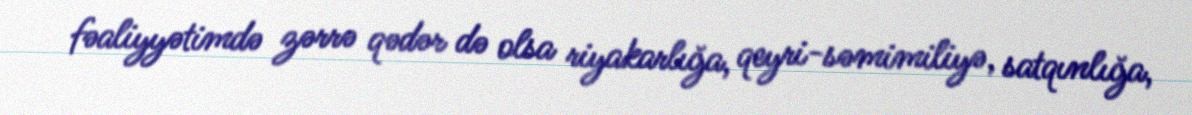
fəaliyyətimdə zərrə qədər də olsa riyakarlığa, qeyri-səmimiliyə, satqınlığa,